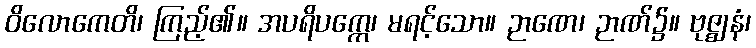
ဝိလောကေတိ၊ ကြည့်၏။ အပရိပက္ကေ၊ မရင့်သော။ ဉာဏေ၊ ဉာဏ်၌။ ဗုဇ္ဈနံ၊